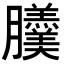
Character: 𦣍